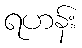
ရဟန်း